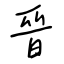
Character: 晉